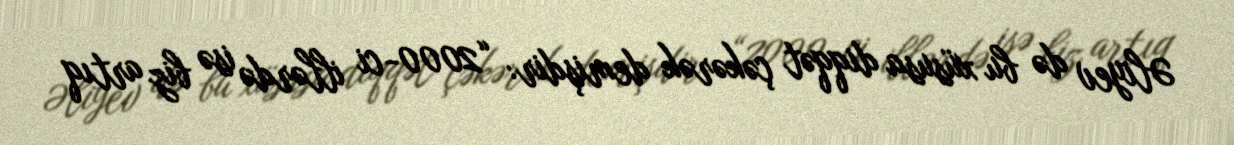
Əliyev də bu xüsusa diqqət çəkərək demişdir: “2000-ci illərdə isə biz artıq